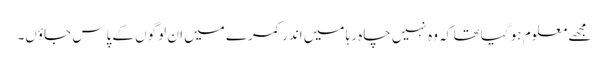
مجھے معلوم ہو گیا تھا کہ وہ نہیں چاہ رہا میں اندر کمرے میں ان لوگوں کے پاس جاؤں۔